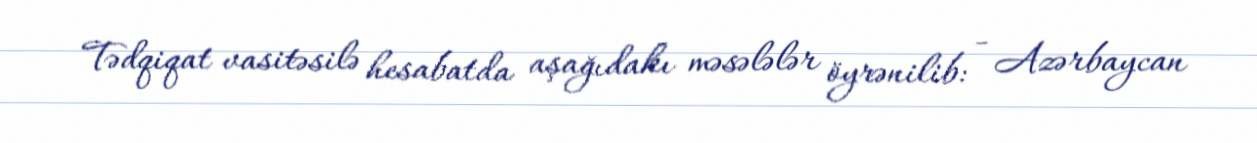
Tədqiqat vasitəsilə hesabatda aşağıdakı məsələlər öyrənilib: - Azərbaycan